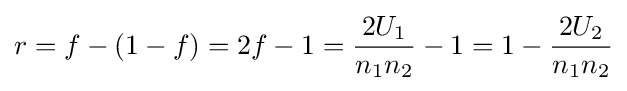
r=f-(1-f)=2f-1={2U_{1} \over n_{1}n_{2}}-1=1-{2U_{2} \over n_{1}n_{2}}